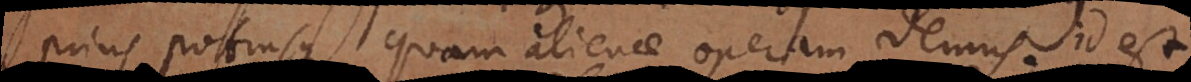
rius potiusque quam alienae operam demus, id est